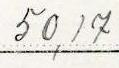
50,17